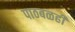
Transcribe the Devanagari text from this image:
पाठबळही